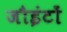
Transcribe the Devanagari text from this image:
जौइंटों